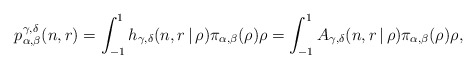
\begin{align*}p^{\gamma, \delta}_{\alpha, \beta}(n,r) = \int_{-1}^{1} h_{\gamma, \delta}(n, r \, | \, \rho) \pi_{\alpha, \beta}(\rho) \rho = \int_{-1}^{1} A_{\gamma, \delta} (n, r \, | \, \rho) \pi_{\alpha, \beta}(\rho) \rho ,\end{align*}